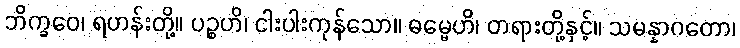
ဘိက္ခဝေ၊ ရဟန်းတို့။ ပဉ္စဟိ၊ ငါးပါးကုန်သော။ ဓမ္မေဟိ၊ တရားတို့နှင့်။ သမန္နာဂတော၊